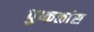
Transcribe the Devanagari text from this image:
पुष्कळांस